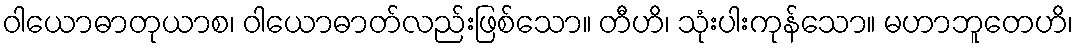
ဝါယောဓာတုယာစ၊ ဝါယောဓာတ်လည်းဖြစ်သော။ တီဟိ၊ သုံးပါးကုန်သော။ မဟာဘူတေဟိ၊